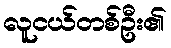
လူငယ်တစ်ဦး၏